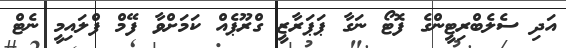
އަދި ސެލެބްރިޓީންގެ ފޮޓޯ ނަގާ ޕަޕަރާޒީ ގްރޫޕެއް ކަމަށްވާ ފޭމް ފްލައިމީ ނެޓް